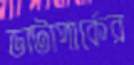
ডাটাপার্কের